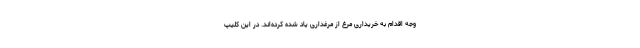
وجه اقدام به خریداری مرغ از مرغداری یاد شده کرده‌اند. در این کلیپ